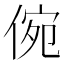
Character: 倇